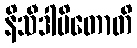
နိသီဒါပိတောတိ